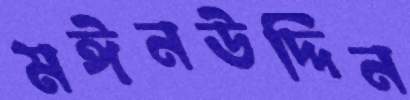
মঈনউদ্দিন